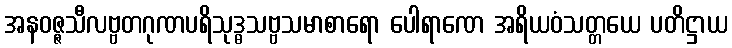
အနဝဇ္ဇသီလဗ္ဗတဂုဏပရိသုဒ္ဓသဗ္ဗသမာစာရော ပေါရာဏေ အရိယဝံသတ္တယေ ပတိဋ္ဌာယ